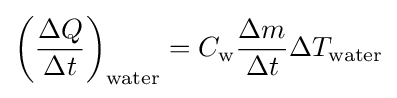
\left({\frac {\Delta Q}{\Delta t}}\right)_{\mathrm {water} }=C_{\mathrm {w} }{\frac {\Delta m}{\Delta t}}\Delta T_{\mathrm {water} }